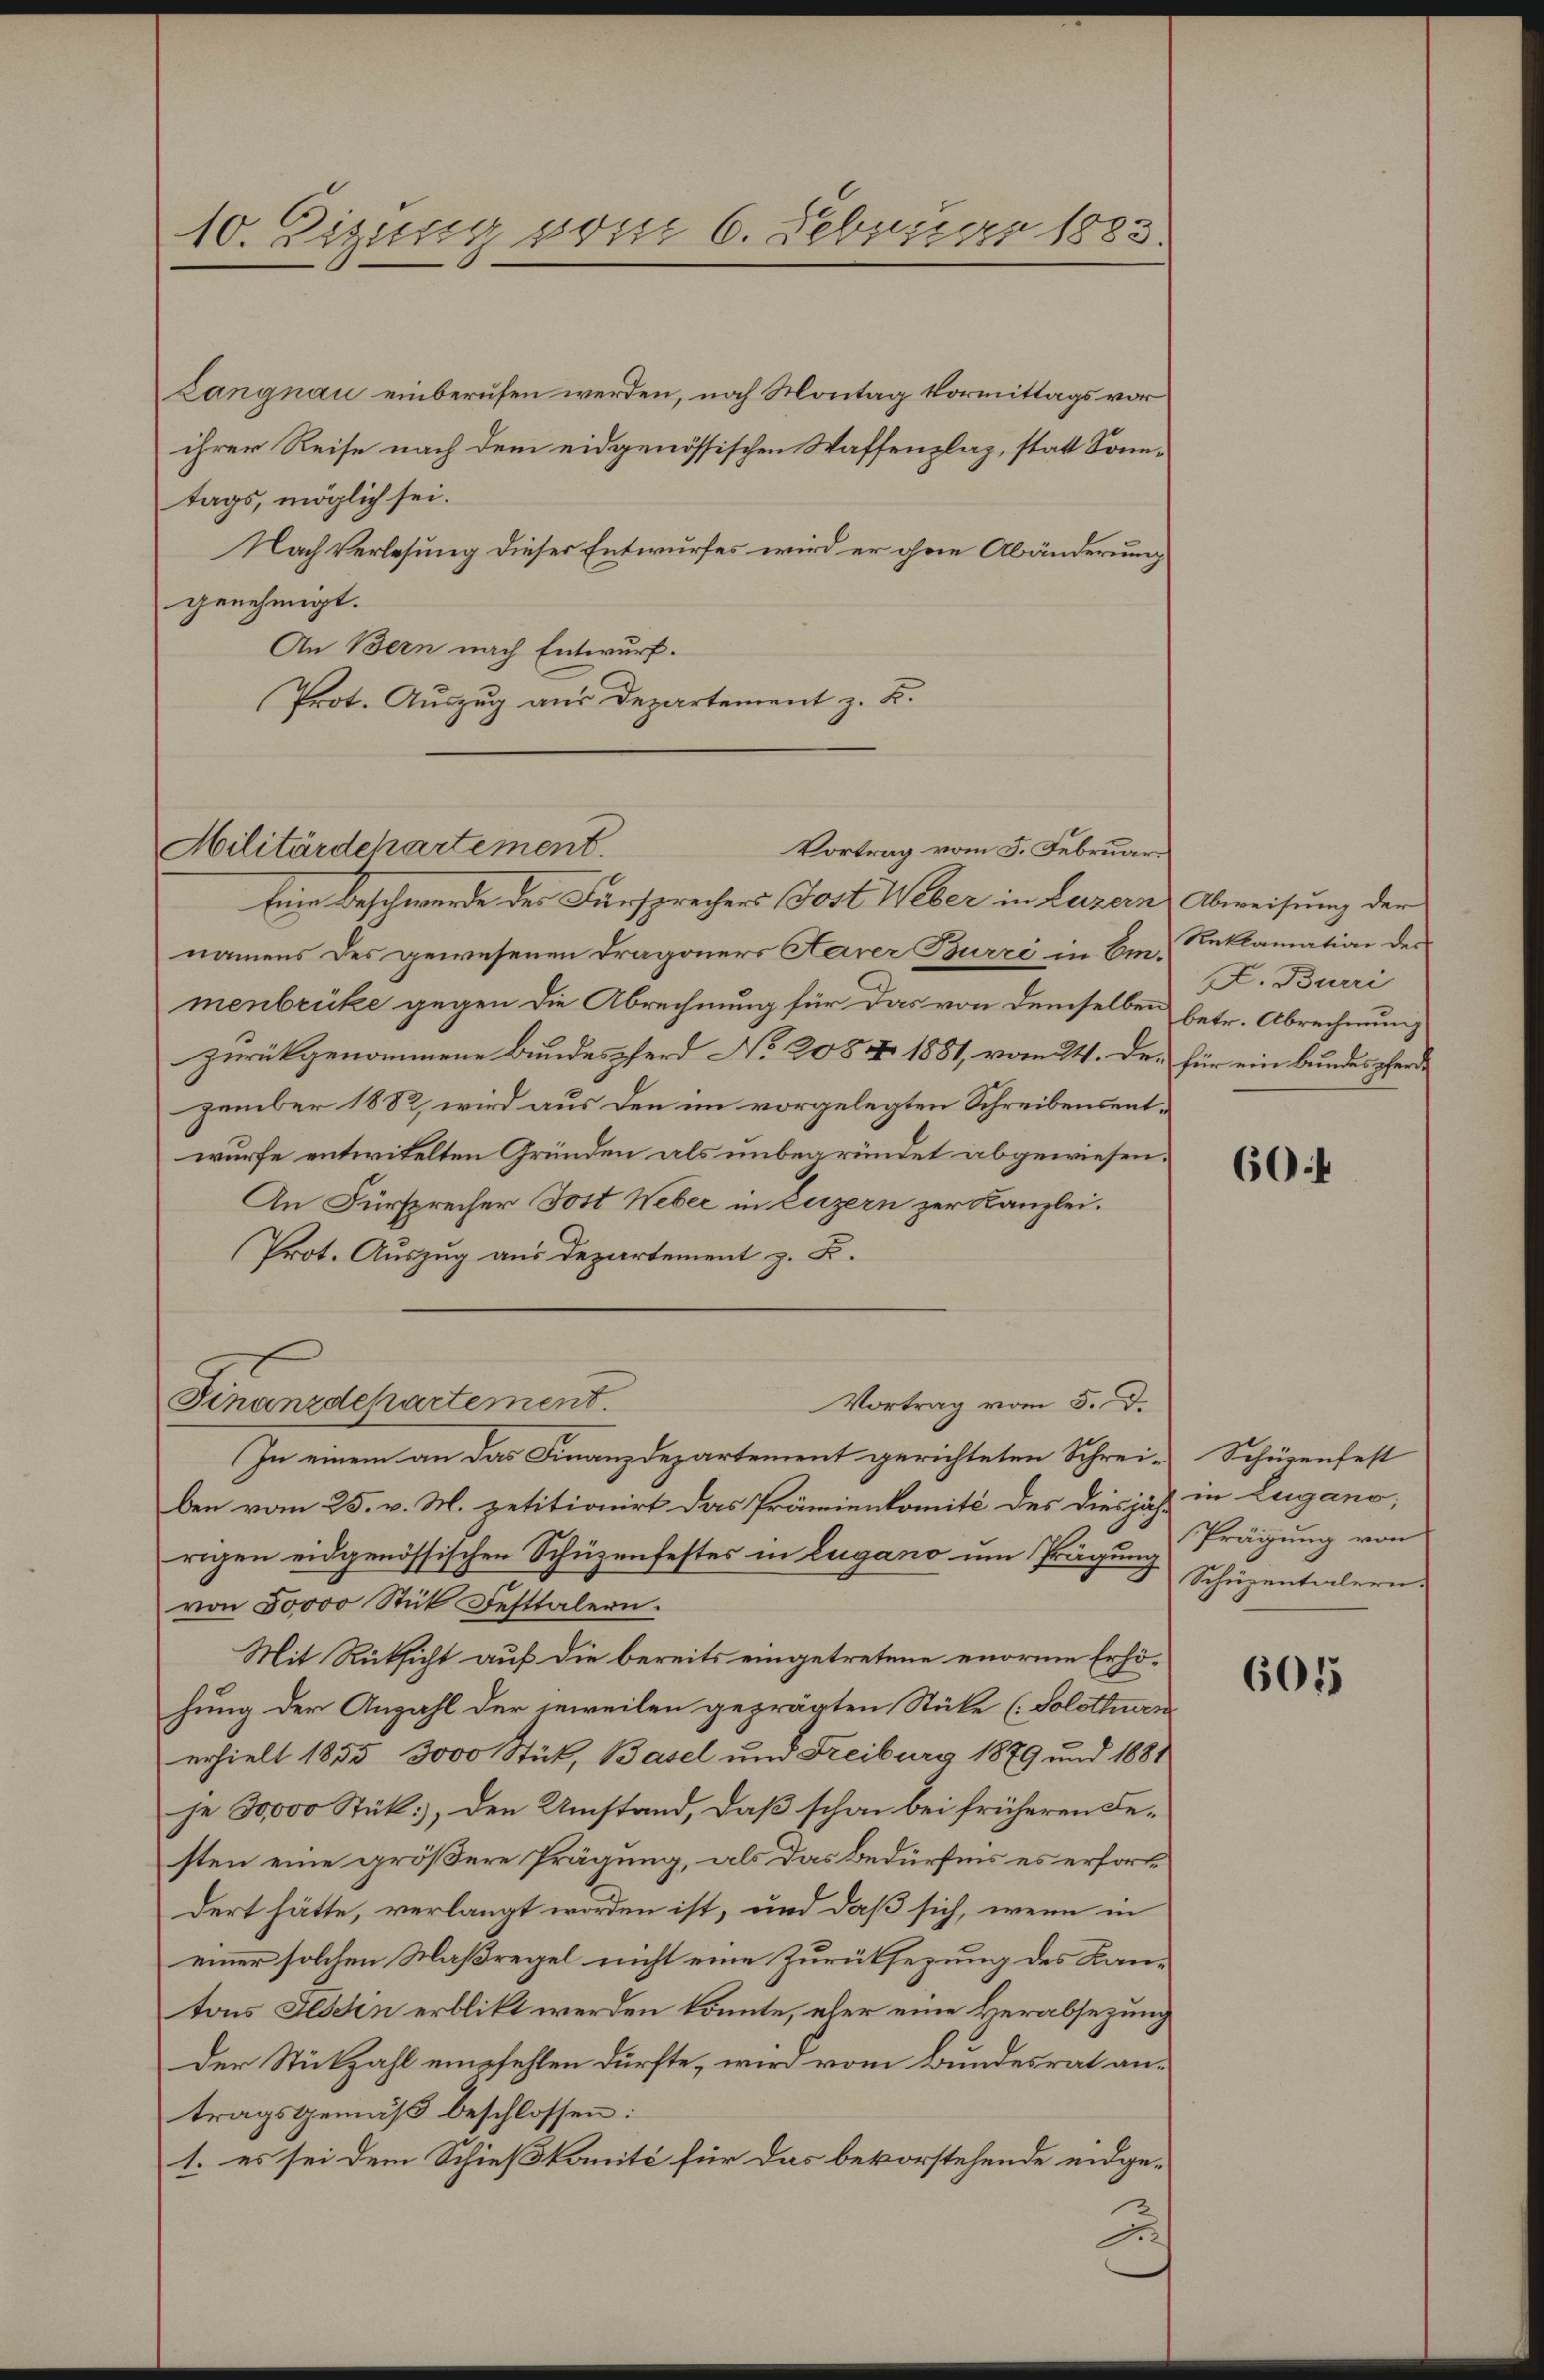
10. Zizung vom 6. Februar 1883.

Langnau einberufen werden, noch Montag Vormittags vor
ihrer Reise nach dem eidgenössischen Waffenzlag, statt Sonntags, möglich sei.
Nach Verlesung dieser Entwurfes wird er ohne Abänderung
genehmigt.
An Bern nach Entwurf.
Prot. Auszug aus Departement z. B.

Vortrag vom 5. Februar.
Militärdepartement.

Eine Beschwerde des Fürsprechers Jost Weber in Luzern Abweisung der
namens des gewesenen Dragoners Aarer Burri in Em-Reklamation des
menbrüke gegen die Abrechnung für das von demselben betr. Abrechnung
zurückgenommene Bundespferd No 205 n 1881, vom 24. Der für ein Bundespferde
zember 1882, wird aus den im vorgelegten Schreibensentwurfe entwitelten Gründen als unbegründet abgewiesen.
An Fürsprecher Gott Weber in Luzern zur Kanzlei.
Prot. Auszug aus Departement z. B.

Finanzdchartement.
Vortrag vom 5. d.

In einem an das Finanzdepartement gerichteten Schrei-Schürenfest
ben vom 25. v. M. petitionirt das Prämienkomité des diesjäh in Lugano,
rigen eidgenössischen Schüzenfestes in Lugano um Prägung Frägung von
von Soooo Stick Festtalern.
Mit Rüksicht auf die bereits eingetretene enorme Erhöhung der Anzahl der jeweilen geprägten Stüke (Solothurn
erhielt 1855 3000 Stück, Basel und Freiburg 1879 und 1881
je 30000 Stück, den Umstand, daß schon bei früheren Festen eine größere Prägung, als das Bedürfnis es erfortdert hätte, verlangt worden ist, und daß sich, wenn in
einer solchen Maßregel nicht eine Zurücksezung des Kan-
tons Tessin erblickt werden könnte, eher eine verabsezung
der Stückzahl empfehlen dürfte, wird vom Bundesrat antragsgemäß beschlossen:
1. es sei dem Schießkomité für das bevorstehende eidge¬
2

D. Burri

604

Schüzentalern.

601